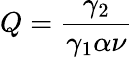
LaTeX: Q=\frac{\gamma_{2}}{\gamma_{1}\alpha\nu}